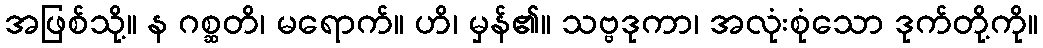
အဖြစ်သို့။ န ဂစ္ဆတိ၊ မရောက်။ ဟိ၊ မှန်၏။ သဗ္ဗဒုကာ၊ အလုံးစုံသော ဒုက်တို့ကို။